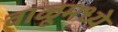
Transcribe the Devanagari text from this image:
वाळूमध्ये